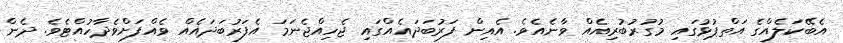
އެބޭކަލެއްގެ އަތްޕުޅުގައި މުގުރުބުރިއެއް ވާނެއެވެ. އެއިން ފަރުބަދައެއްގައި ޖެހިއްޖެނަމަ އެފަރުބަދައެއް ވެއްފަށްވެދާހުއްޓެވެ. ދެން